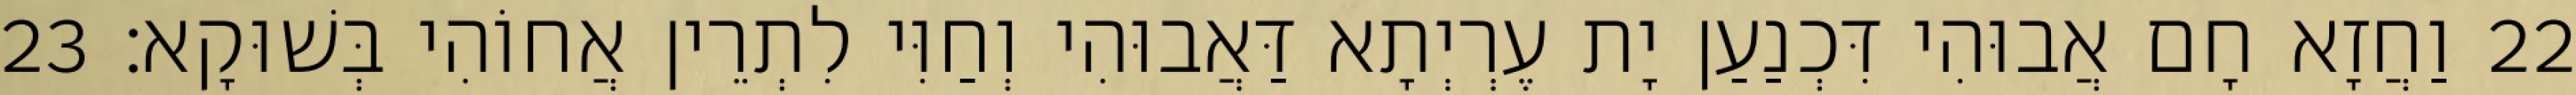
22 וַחֲזָא חָם אֲבוּהִי דִּכְנַעַן יָת עֶרְיְתָא דַּאֲבוּהִי וְחַוִּי לִתְרֵין אֲחוֹהִי בְּשׁוּקָא׃ 23